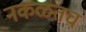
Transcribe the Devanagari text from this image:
नकळतच